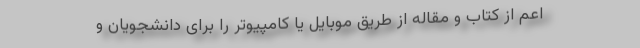
اعم از کتاب و مقاله از طریق موبایل یا کامپیوتر را برای دانشجویان و